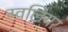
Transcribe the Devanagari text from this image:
ग्वलियर